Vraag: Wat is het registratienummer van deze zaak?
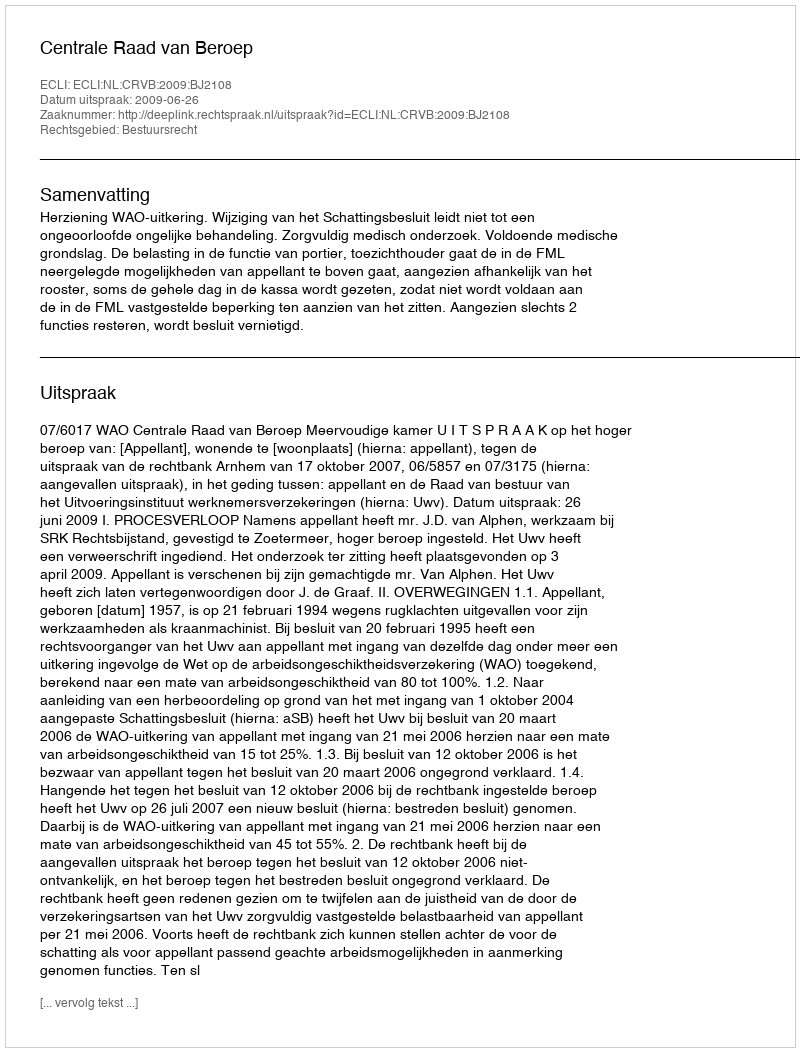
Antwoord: http://deeplink.rechtspraak.nl/uitspraak?id=ECLI:NL:CRVB:2009:BJ2108